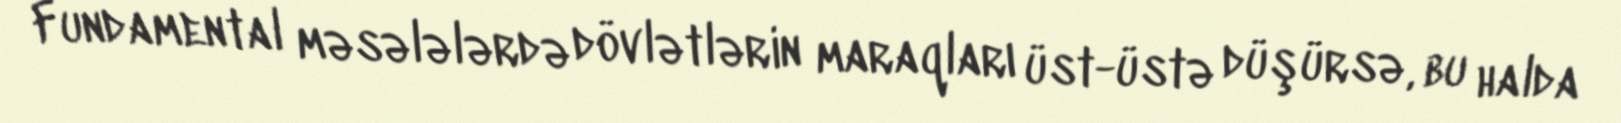
Fundamental məsələlərdə dövlətlərin maraqları üst-üstə düşürsə, bu halda